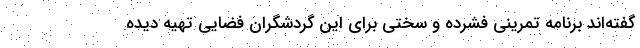
گفته‌اند برنامه تمرینی فشرده و سختی برای این گردشگران فضایی تهیه دیده